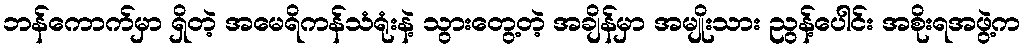
ဘန်ကောက်မှာ ရှိတဲ့ အမေရိကန်သံရုံးနဲ့ သွားတွေ့တဲ့ အချိန်မှာ အမျိုးသား ညွန့်ပေါင်း အစိုးရအဖွဲ့က